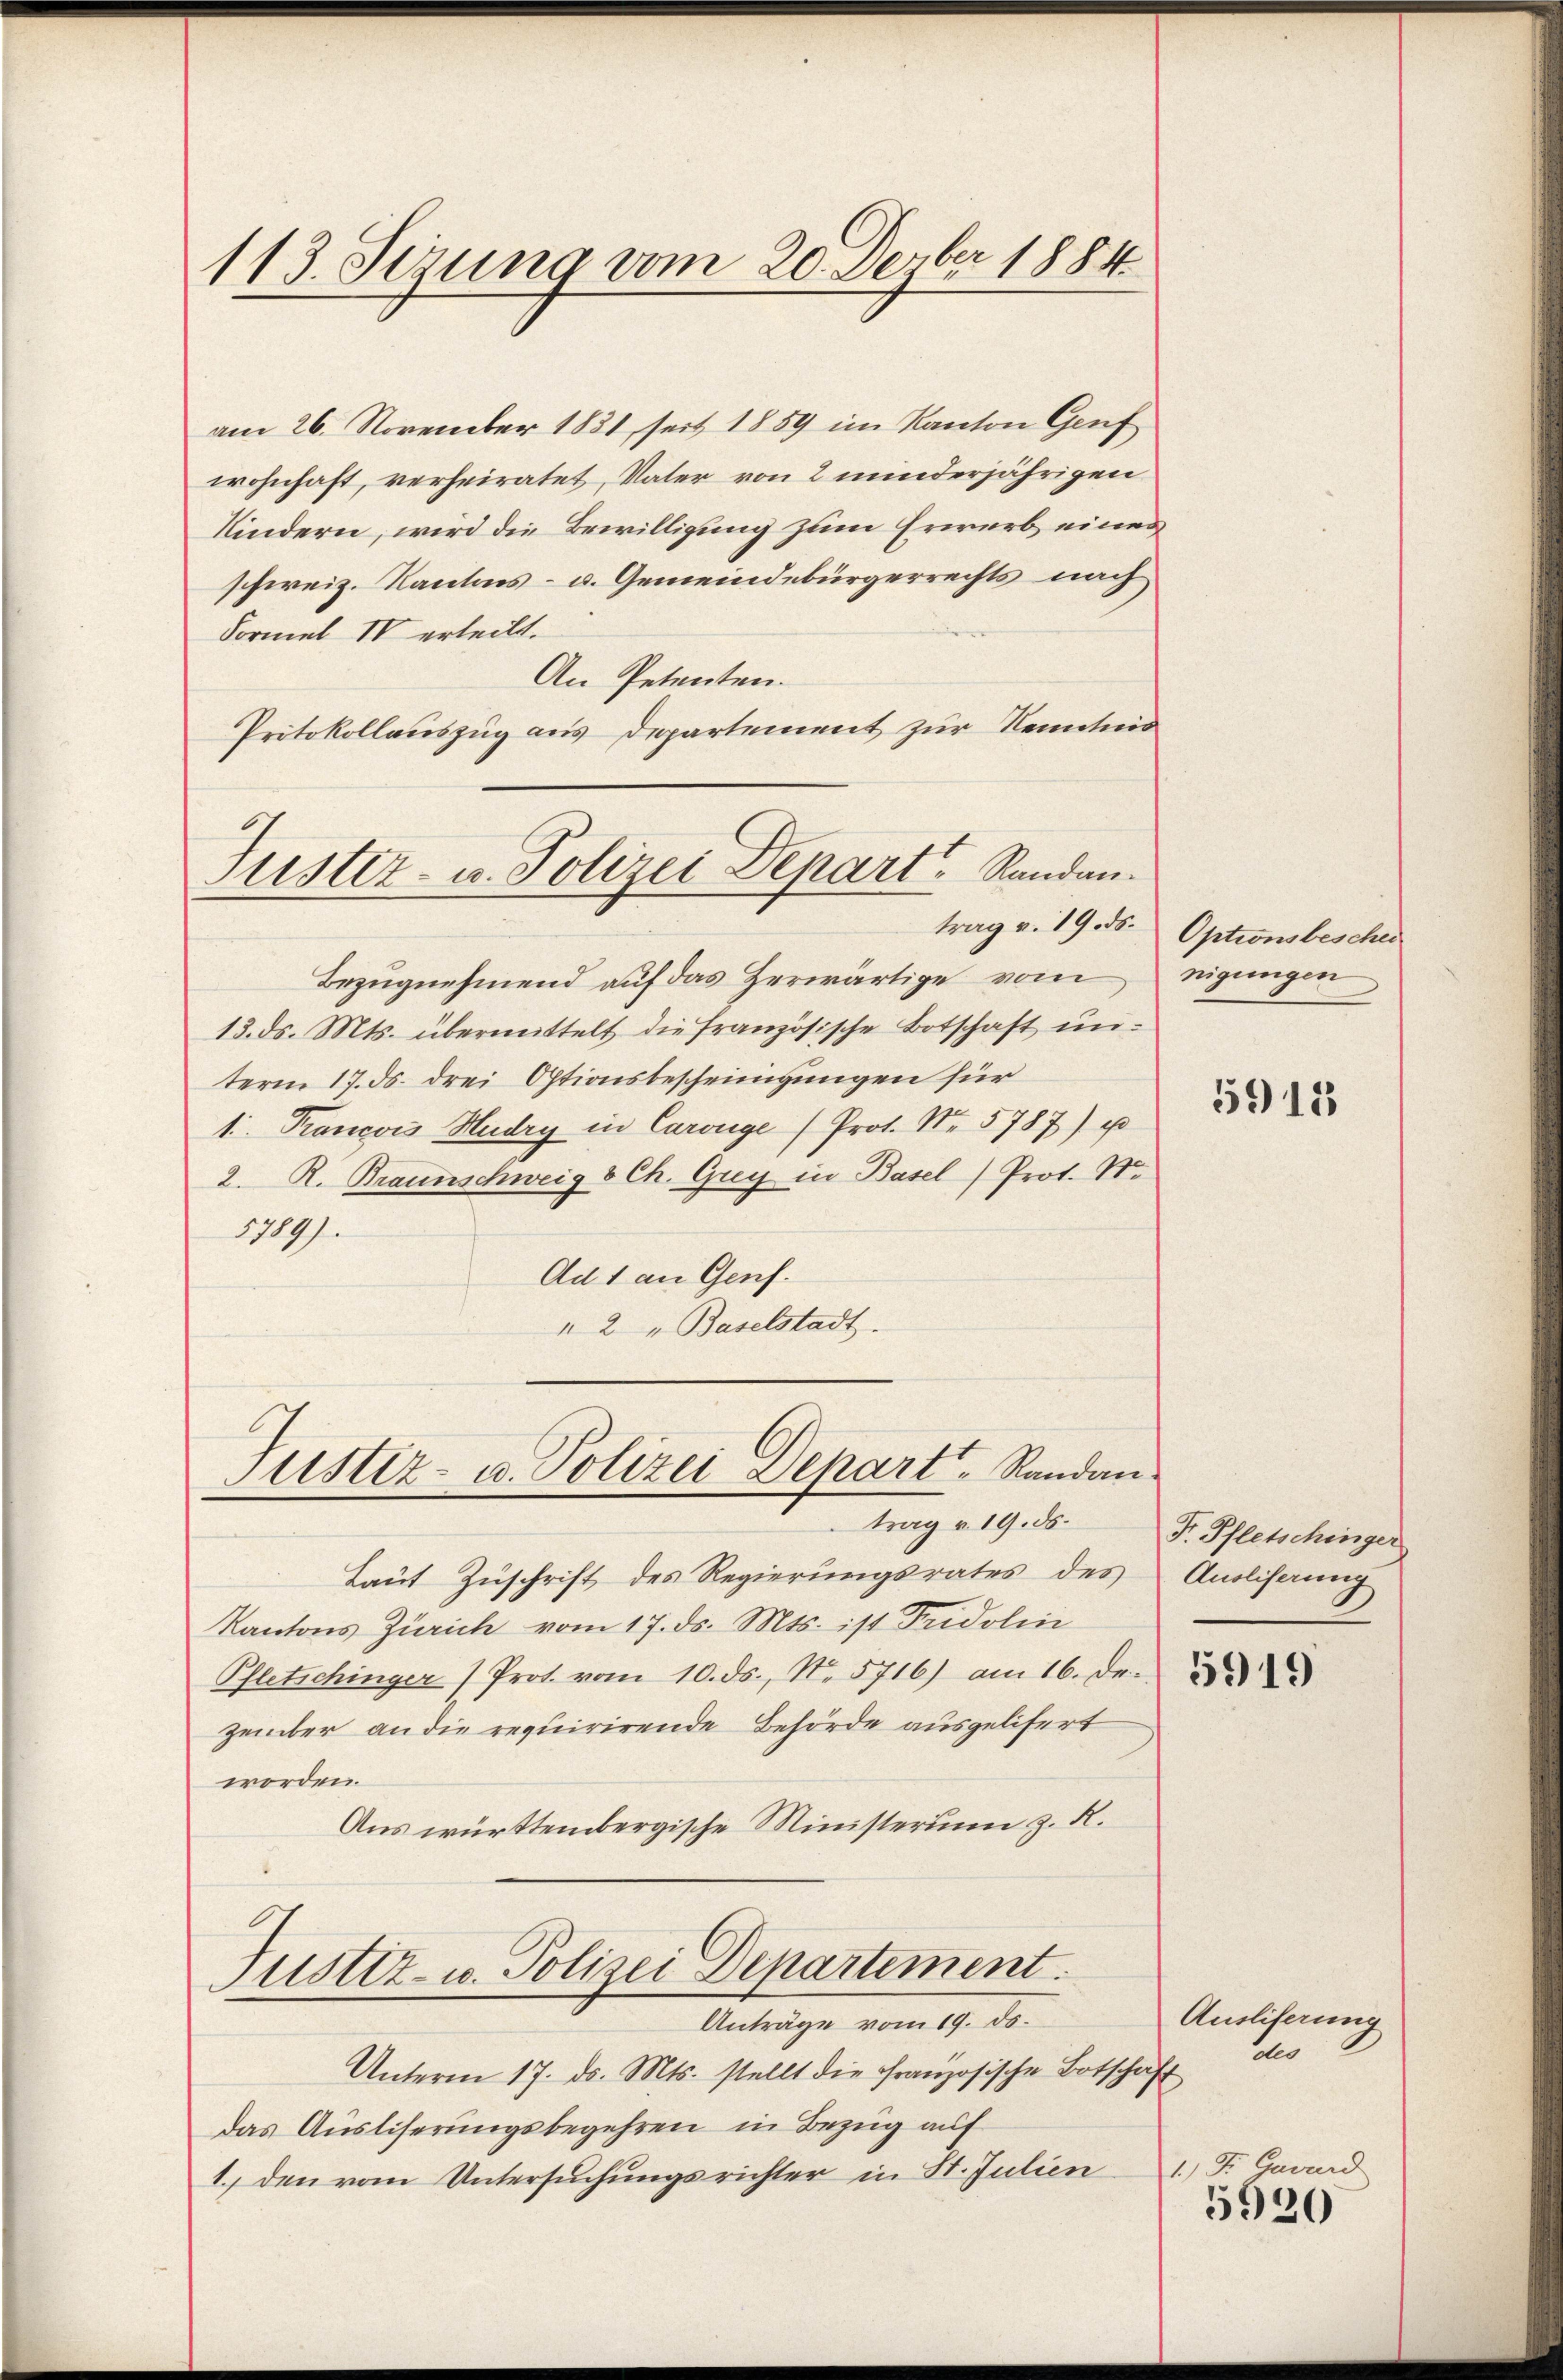
113. Sizung vom 20. Devber 1884

am 26. November 1831, seit 1859 im Kanton Gruf
wohnhaft, verheiratet, Vater von 2 minderjährigen
Kindern, wird die Bewilligung zum Erwerb eines
schweiz. Kantons- u. Gemeindebürgerrechts nach
Formel IV erteilt.
An Petenten.
Protokollauszug aus Departement zur Kenntnis

Tuster- u. Polizei Depart Randan¬

Bezugnehmend auf das Zerwärtige vom
13. ds. Mts. übermittelt die französische Botschaft unterm 17. ds. drei Optionsbescheinigungen für
1: Francois Hudry in Carouge (Prot. Nr. 5787) u
2. R. Braunschweiz & Ch. Grey in Basel) Prot. S.
5789)
Ad 1 an Genf.
" 2 " Baselstadt.

Justiz- u. Polizei Depart, Randan
trag v. 19. ds.

Laut Zuschrift des Regierungsrates des
Kantons Zürich vom 17. ds. Mts. ist Fridolin
Pfletschinger (Prot. vom 10. ds., No. 5716) am 16. de.
zember an die requirirende Behörde ausgelifert
worden.
Aus württembergische Ministerium z. R.

Justiz- u. Polizei Departement.
Anträge vom 19. ds.

Unterm 17. d. Mts. stellt die französische Botschaft
das Ausliserungsbegehren in Bezug auf
1. den vom Untersuchungsrichter in St. Julien

trag v. 19. ds. Optionsbeschen

nigungen

5918

F. Pfletschinger
Anoliferung

Ausliferung
dler
1.) Fr. Gawurd
5920